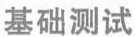
基础测试